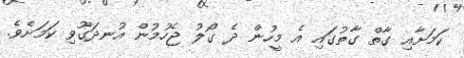
ކަމަށާއި ގާތް ގާތުގައި އެ މީހުން ދެ ގޯލު ޖެހުމުން އުނދަގޫވި ކަމަށެވެ.